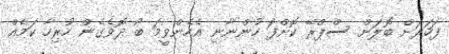
ފަހަރަށް ބޮލަށް ސްޕްރޭ ކޮށްފަ ހުންނާނި އެހެންވީމަ ބޯ ދޮވެގެން ހުރިހާ ކަމެއް